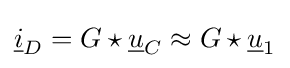
{\underline {i}}_{D}=G\star {\underline {u}}_{C}\approx G\star {\underline {u}}_{1}